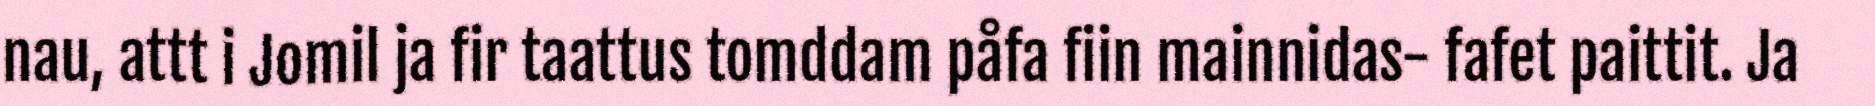
nau, attt i Jomil ja fir taattus tomddam påfa fiin mainnidas- fafet paittit. Ja